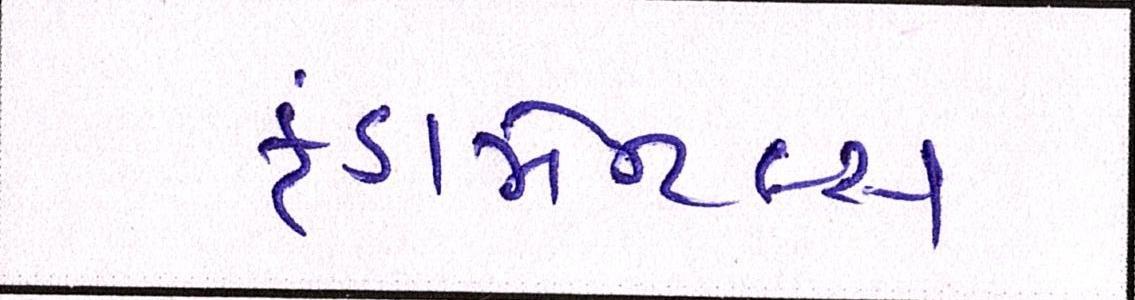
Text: ફંડામેન્ટલ્સ